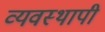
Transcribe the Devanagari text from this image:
व्यवस्थापी